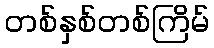
တစ်နှစ်တစ်ကြိမ်